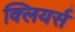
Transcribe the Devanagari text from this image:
क्लियर्स